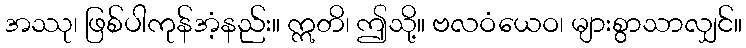
အဿု၊ ဖြစ်ပါကုန်အံ့နည်း။ ဣတိ၊ ဤသို့။ ဗလဝံယေဝ၊ များစွာသာလျှင်။